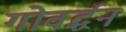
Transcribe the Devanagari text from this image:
गोवर्द्धन